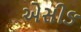
એસીઙ